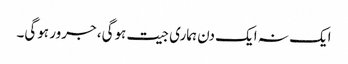
ایک نہ ایک دن ہماری جیت ہوگی، جرور ہوگی۔